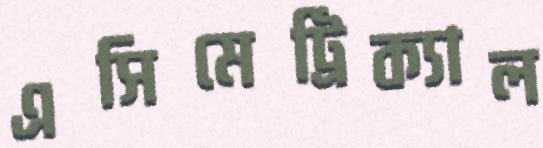
এসিমেট্রিক্যাল